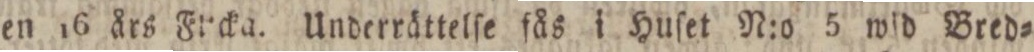
en 16 års Frcka. Underrättelſe fås i Huſet N:o 5 wid Bred=